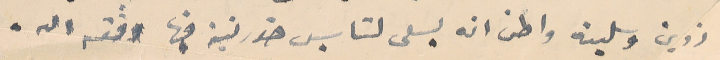
زوين وسلينه واظن انه يسعى لتاسيس خورنية فيها وفقه الله.